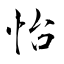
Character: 怡